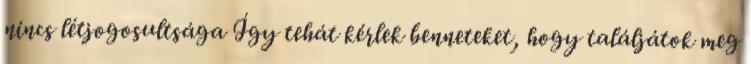
nincs létjogosultsága Így tehát kérlek benneteket, hogy találjátok meg